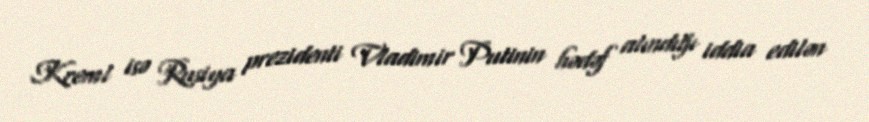
Kreml isə Rusiya prezidenti Vladimir Putinin hədəf alındığı iddia edilən